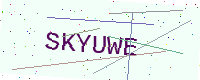
Text: SKYUWE